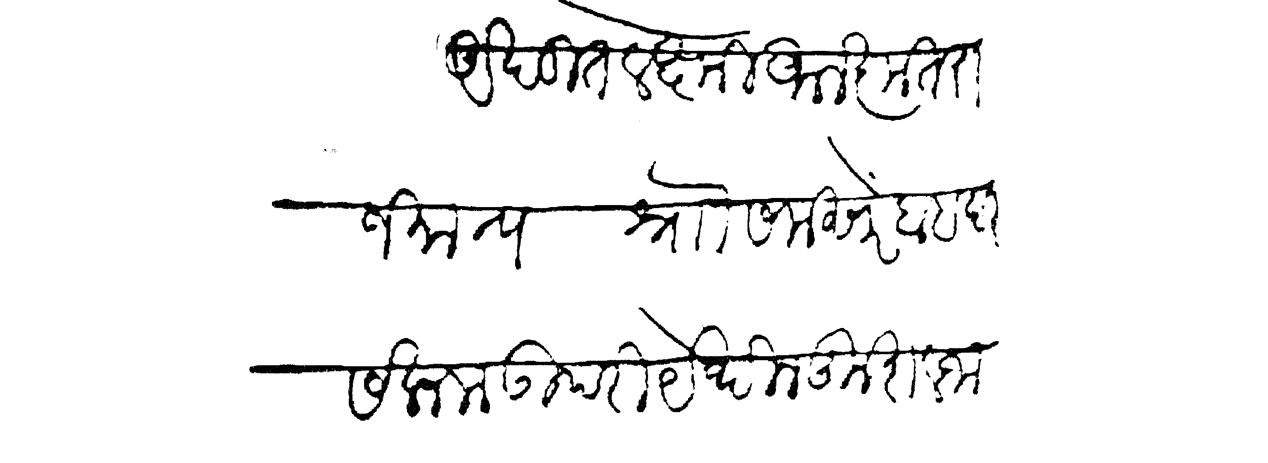
Transliteration (Devanagari): अखंडित लक्ष्मी आलंकृत राजमान्य श्र्नो समसेर बाहदर सलाम उपरी येथील कुशल जा